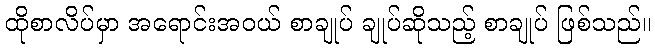
ထိုစာလိပ်မှာ အရောင်းအဝယ် စာချုပ် ချုပ်ဆိုသည့် စာချုပ် ဖြစ်သည်။